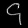
Digit: ၄